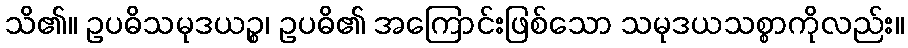
သိ၏။ ဥပဓိသမုဒယဉ္စ၊ ဥပဓိ၏ အကြောင်းဖြစ်သော သမုဒယသစ္စာကိုလည်း။